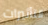
التأثيرات